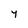
Character: 4